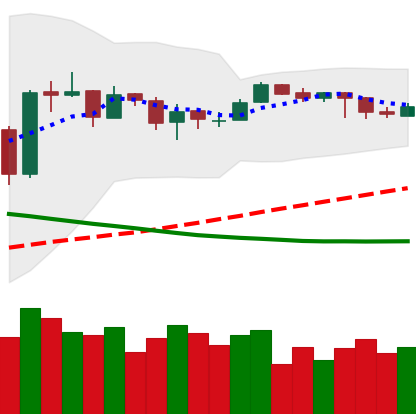
Ticker: EOS-USD
Chart end date: 2019-03-23
Forward return: 15.752%
Label: up_7plus